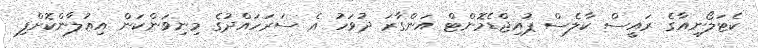
ކެޓަލޯނިއާގެ ރައީސް ކާލެސް ޕުއިޖްޑެމޮންޓް އަންގާރަ ދުވަހު އެ ސަރަހައްދުގެ މިނިވަންކަން އިއުލާންކޮށްފި